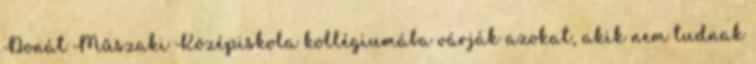
Donát Műszaki Középiskola kollégiumába várják azokat, akik nem tudnak